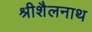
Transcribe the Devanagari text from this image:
श्रीशैलनाथ